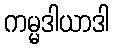
ကမ္မဒါယာဒါ